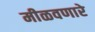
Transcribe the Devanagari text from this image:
मीळवणारे